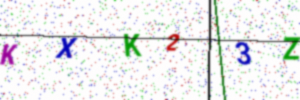
Text: KXK23Z